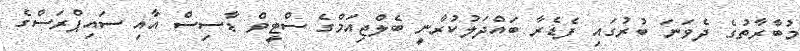
މުބާރާތުގެ ދެވަނަ ބުރުގައި ފެޑެރާ ބައްދަލުކުރާނީ ބެލްޖިއަމްގެ ސްޓީވް ޑާސިސް އާއި ސައިޕްރަސްގެ